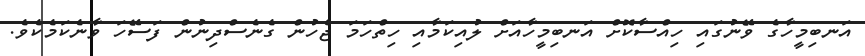
އަނބިމީހާގެ ވޭނުގައި ހިއްސާކޮށް އަނބިމީހާއަށް ލުއިކަމާއި ހިތްހަމަ ޖެހުން ގެނެސްދިނުން ފަސޭހަ ވާނެކަމެކެވެ.